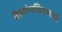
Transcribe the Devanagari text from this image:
तैलरंगचित्रणाची